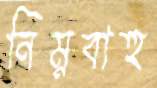
নিম্নবাহু